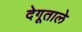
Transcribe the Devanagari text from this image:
देगूताले